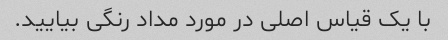
با یک قیاس اصلی در مورد مداد رنگی بیایید.